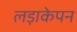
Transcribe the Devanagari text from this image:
लड़ाकेपन